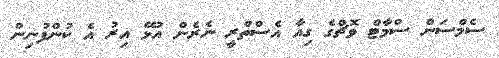
ސެމްސަން ސްމާޓް ވޮޗްގެ ގިއާ އެސްތްރީ ނެރެން އުޅޭ އިރު އެ ކުންފުނިން